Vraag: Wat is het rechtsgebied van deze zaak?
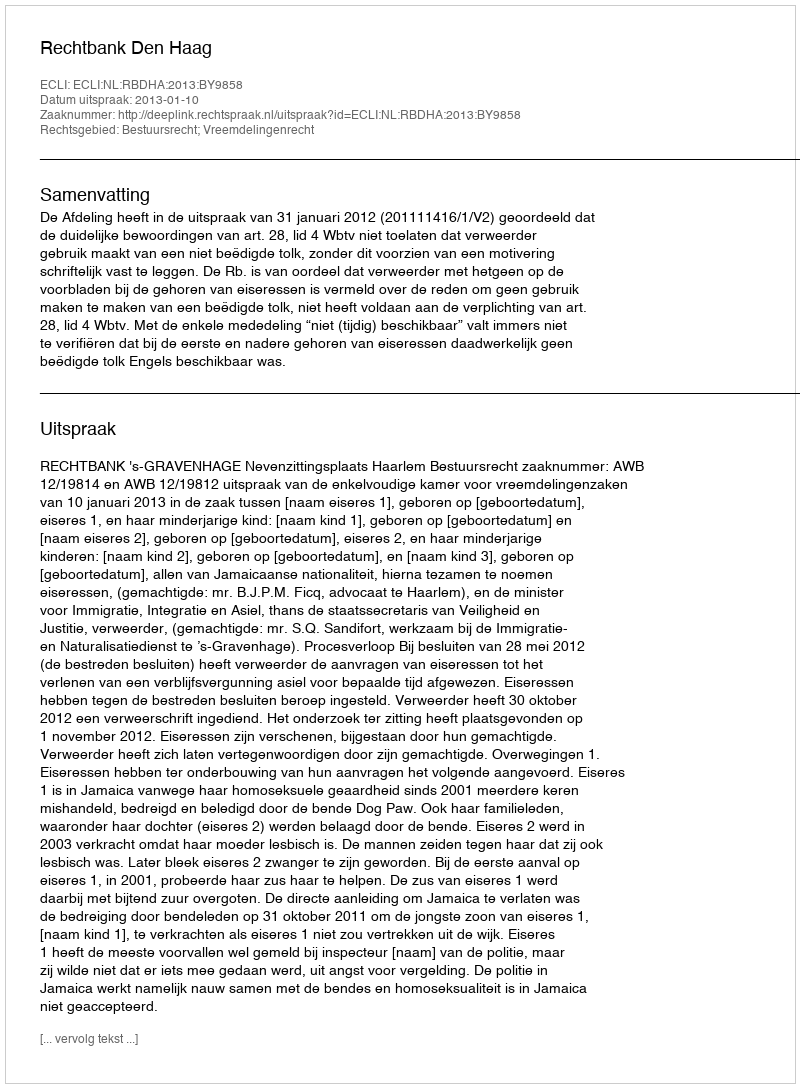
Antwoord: Bestuursrecht; Vreemdelingenrecht